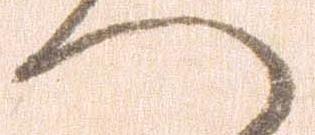
へ